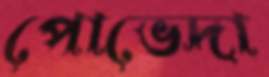
পোভেদা